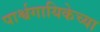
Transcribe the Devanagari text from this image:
पार्श्वगायिकेच्या